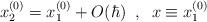
LaTeX: \begin{align*}x_2^{(0)} =x_1^{(0)} + O(\hbar) \; \; , \; \; x\equiv x_1^{(0)}\end{align*}